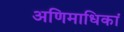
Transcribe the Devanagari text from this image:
अणिमाधिकां